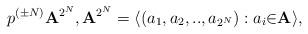
LaTeX: \begin{align*}p^{(\pm N)}{\bf A}^{2^{N}}, {\bf A}^{2^{N}}= \langle (a_1,a_2,..,a_{2^{N}}):a_i{\in} {\bf A}\rangle,\end{align*}